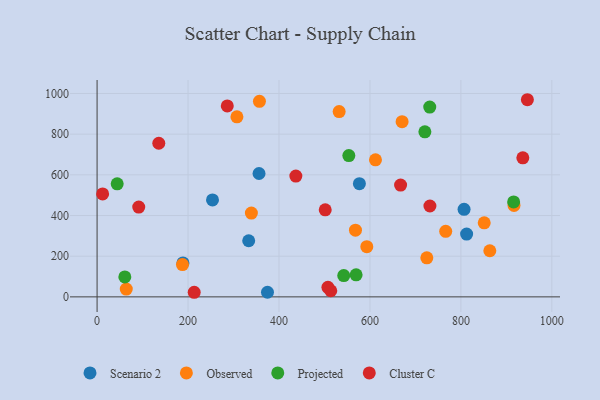
{"axis": {"x": "Experience", "y": "Fuel Efficiency"}, "legend": ["Cluster C", "Observed", "Projected", "Scenario 2"], "data": [{"x": "374.7", "y": 22.8, "type": "Scenario 2"}, {"x": "812.6", "y": 308.6, "type": "Scenario 2"}, {"x": "333.4", "y": 275.9, "type": "Scenario 2"}, {"x": "356.1", "y": 606.5, "type": "Scenario 2"}, {"x": "188.8", "y": 166.7, "type": "Scenario 2"}, {"x": "253.8", "y": 476.8, "type": "Scenario 2"}, {"x": "576.8", "y": 556.6, "type": "Scenario 2"}, {"x": "807.0", "y": 430.4, "type": "Scenario 2"}, {"x": "612.2", "y": 674.0, "type": "Observed"}, {"x": "64.2", "y": 38.5, "type": "Observed"}, {"x": "916.8", "y": 449.7, "type": "Observed"}, {"x": "339.3", "y": 411.8, "type": "Observed"}, {"x": "532.3", "y": 911.0, "type": "Observed"}, {"x": "725.1", "y": 192.0, "type": "Observed"}, {"x": "307.5", "y": 885.2, "type": "Observed"}, {"x": "187.8", "y": 158.6, "type": "Observed"}, {"x": "357.0", "y": 961.3, "type": "Observed"}, {"x": "766.6", "y": 322.1, "type": "Observed"}, {"x": "851.3", "y": 364.2, "type": "Observed"}, {"x": "568.2", "y": 328.1, "type": "Observed"}, {"x": "593.1", "y": 246.9, "type": "Observed"}, {"x": "670.7", "y": 861.3, "type": "Observed"}, {"x": "863.6", "y": 226.7, "type": "Observed"}, {"x": "720.8", "y": 811.5, "type": "Projected"}, {"x": "569.6", "y": 108.3, "type": "Projected"}, {"x": "916.0", "y": 467.0, "type": "Projected"}, {"x": "542.4", "y": 104.8, "type": "Projected"}, {"x": "61.0", "y": 97.9, "type": "Projected"}, {"x": "553.6", "y": 694.6, "type": "Projected"}, {"x": "731.5", "y": 933.4, "type": "Projected"}, {"x": "44.2", "y": 555.8, "type": "Projected"}, {"x": "507.6", "y": 46.8, "type": "Cluster C"}, {"x": "213.6", "y": 22.6, "type": "Cluster C"}, {"x": "437.1", "y": 594.1, "type": "Cluster C"}, {"x": "731.9", "y": 446.7, "type": "Cluster C"}, {"x": "135.7", "y": 755.4, "type": "Cluster C"}, {"x": "936.2", "y": 683.6, "type": "Cluster C"}, {"x": "667.4", "y": 549.5, "type": "Cluster C"}, {"x": "513.9", "y": 30.2, "type": "Cluster C"}, {"x": "501.7", "y": 427.8, "type": "Cluster C"}, {"x": "12.2", "y": 506.0, "type": "Cluster C"}, {"x": "946.2", "y": 969.3, "type": "Cluster C"}, {"x": "91.6", "y": 441.4, "type": "Cluster C"}, {"x": "286.3", "y": 939.0, "type": "Cluster C"}]}